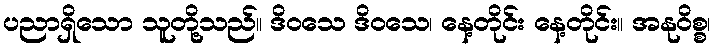
ပညာရှိသော သူတို့သည်။ ဒိဝသေ ဒိဝသေ၊ နေ့တိုင်း နေ့တိုင်း။ အနုဝိစ္စ၊